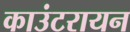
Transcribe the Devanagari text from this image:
काउंटरायन